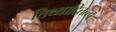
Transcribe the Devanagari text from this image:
तिथ्यादितत्त्वं